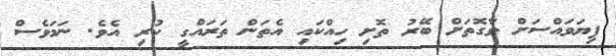
ފިޔަވައްސަށް ވާގޮތަށް ބޭރު ތޮށި ހިއްކައި އެތަން ތަރައްގީ ކުރި އެވެ. ނަމަވެސް